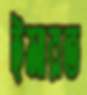
ইমারত